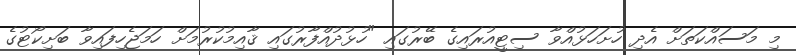
މި މަސައްކަތަށް އެދި ހުށަހަޅުއްވާ ސިޓީއުރައިގެ ބޭރުގައި "ހުޅުދުއްފާރުގައި ޤާއިމުކުރުމަށް ހަމަޖެހިފައިވާ ބަށިކޯޓުގެ